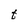
Character: t